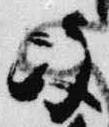
政